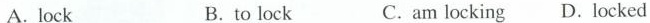
A.lock B.to lock C.am locking D.locked